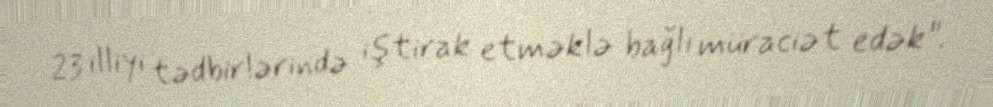
23 illiyi tədbirlərində iştirak etməklə bağlı müraciət edək”.